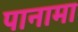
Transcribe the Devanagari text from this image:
पानामा